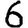
Digit: 6